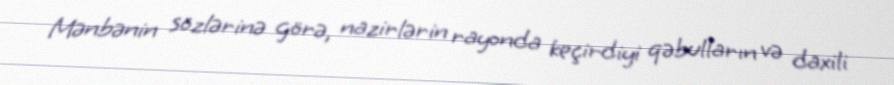
Mənbənin sözlərinə görə, nazirlərin rayonda keçirdiyi qəbulların və daxili